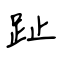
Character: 趾